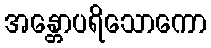
အန္တောပရိသောကော